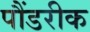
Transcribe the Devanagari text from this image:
पौंडरीक